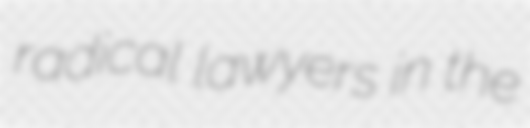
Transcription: radical lawyers in the